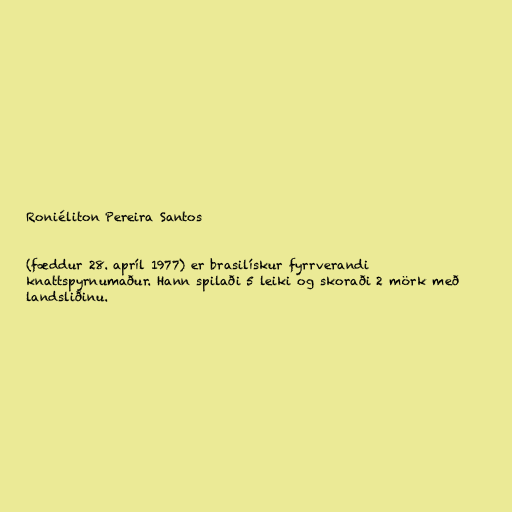
Roniéliton Pereira Santos

(fæddur 28. apríl 1977) er brasilískur fyrrverandi
knattspyrnumaður. Hann spilaði 5 leiki og skoraði 2 mörk með
landsliðinu.